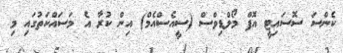
ކެންސަ ސޮސައިޓީ އޮފް މޯލްޑިވްސް (ސީއެސްއެމް) އިން ކުރާ އެ މަސައްކަތުގައި މި